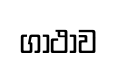
ගාථාව